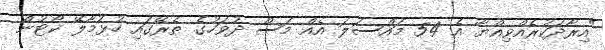
"އިރާދަކުރެއްވިއްޔާ އެ 54 މައްސަލަ އެއް މަސް ދުވަހުގެ ތެރޭގައި ހުޅުމާލޭ ކޯޓުން